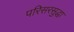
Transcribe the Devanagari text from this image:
परिसरसुद्धा